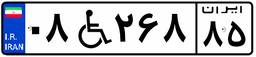
۰۸W۲۶۸۸۵